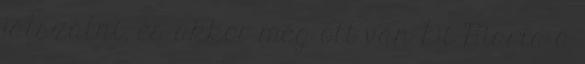
játszatni, és akkor még ott van Di Maria a